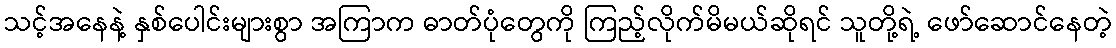
သင့်အနေနဲ့ နှစ်ပေါင်းများစွာ အကြာက ဓာတ်ပုံတွေကို ကြည့်လိုက်မိမယ်ဆိုရင် သူတို့ရဲ့ ဖော်ဆောင်နေတဲ့